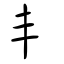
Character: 丰